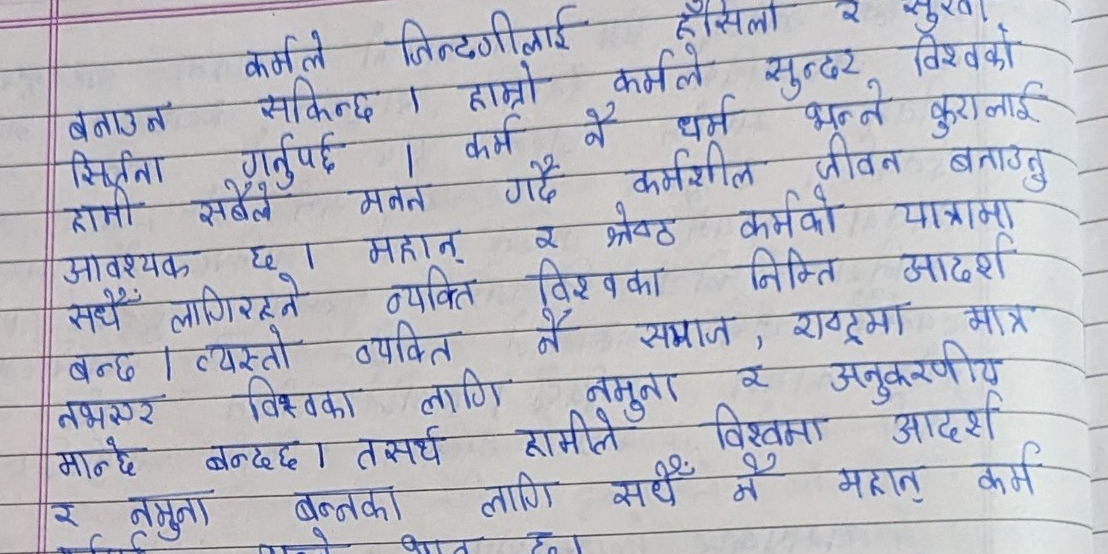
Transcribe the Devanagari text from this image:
कर्मले जिन्दगीलाई हाँसिलो र सुन्दर
बनाउन सकिन्छ । हाम्रो कर्मले सुन्दर विश्वको
सिर्जना गर्नुपर्छ । कर्म नै धर्म भन्ने कुरालाई
हामी सबैले मनन गर्दै कर्मशील जीवन बनाउनु
आवश्यक छ । महान् र श्रेष्ठ कर्मको यात्रामा
सधैँ लागिरहने व्यक्ति विश्वका निम्ति आदर्श
बन्छ । व्यस्तो व्यक्ति नै समाज, राष्ट्रमा मात्र
नभएर विश्वका लागि नमुना र अनुकरणीय
मान्छे बन्दछ । तसर्थ हामीले विश्वमा आदर्श
र नमुना बन्नका लागि सधैँ नै महान् कर्म